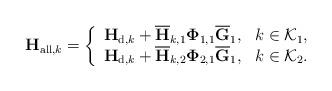
LaTeX: \begin{align*}\mathbf{H}_{\mathrm{all},k}=\left\{ \begin{array}{cc}\mathbf{H}_{\mathrm{d},k}+\overline{\mathbf{H}}_{k,1}\mathbf{\Phi}_{1,1}\overline{\mathbf{G}}_{1}, & k\in\mathcal{K}_{1},\\\mathbf{H}_{\mathrm{d},k}+\overline{\mathbf{H}}_{k,2}\mathbf{\Phi}_{2,1}\overline{\mathbf{G}}_{1}, & k\in\mathcal{K}_{2}.\end{array}\right.\end{align*}